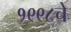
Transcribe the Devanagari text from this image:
१९९८चे